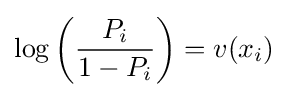
\log \left({\frac {P_{i}}{1-P_{i}}}\right)=v(x_{i})